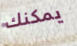
يمكنك